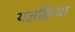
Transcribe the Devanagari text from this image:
यज्ञक्रिया